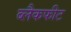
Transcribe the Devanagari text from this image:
ब्लैकफीट